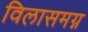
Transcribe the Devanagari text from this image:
विलासमग्न